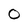
Character: 0